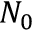
N _ { 0 }